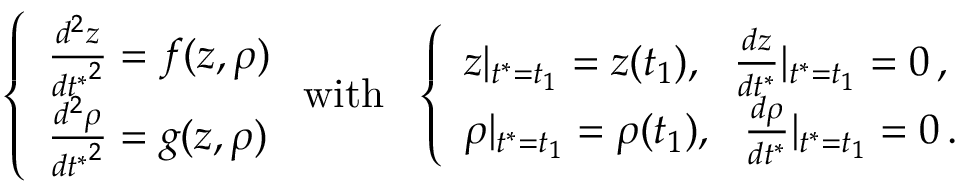
\left\{ \begin{array} { l l } { \frac { d ^ { 2 } z } { { d t ^ { * } } ^ { 2 } } = f ( z , \rho ) } \\ { \frac { d ^ { 2 } \rho } { { d t ^ { * } } ^ { 2 } } = g ( z , \rho ) } \end{array} \right. \mathrm { w i t h } \ \ \left\{ \begin{array} { l l } { z | _ { t ^ { * } = t _ { 1 } } = z ( t _ { 1 } ) , \ \ \frac { d z } { d t ^ { * } } | _ { t ^ { * } = t _ { 1 } } = 0 \, , } \\ { \rho | _ { t ^ { * } = t _ { 1 } } = \rho ( t _ { 1 } ) , \ \ \frac { d \rho } { d t ^ { * } } | _ { t ^ { * } = t _ { 1 } } = 0 \, . } \end{array} \right.